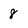
Character: 8